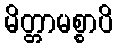
မိတ္တာမစ္စာပိ